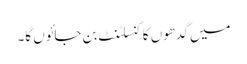
میں گدھوں کا کنسلٹنٹ بن جائوں گا۔